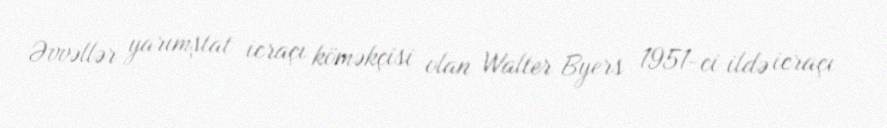
Əvvəllər yarımştat icraçı köməkçisi olan Walter Byers 1951-ci ildə icraçı